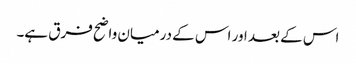
اس کے بعد اور اس کے درمیان واضح فرق ہے۔